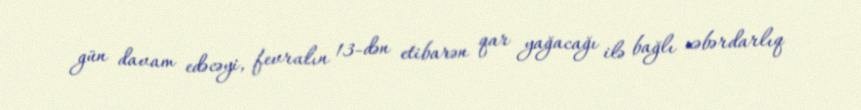
gün davam edəcəyi, fevralın 13-dən etibarən qar yağacağı ilə bağlı xəbərdarlıq